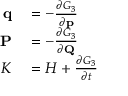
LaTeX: \begin{array} { r l } { \mathbf { q } } & { { } = - { \frac { \partial G _ { 3 } } { \partial \mathbf { p } } } } \\ { \mathbf { P } } & { { } = - { \frac { \partial G _ { 3 } } { \partial \mathbf { Q } } } } \\ { K } & { { } = H + { \frac { \partial G _ { 3 } } { \partial t } } } \end{array}